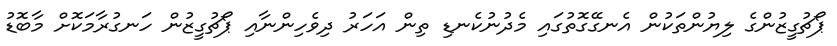
ޕޯޗުގީޒުންގެ ލިޔުންތަކުން އެނގޭގޮތުގައި މެދުނުކެނޑި ތިން އަހަރު ދިވެހިންނާއި ޕޯޗުގީޒުން ހަނގުރާމަކޮށް މާބޮޑު